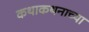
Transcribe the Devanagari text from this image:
कथाकथनाच्या